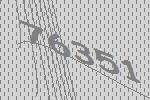
76351